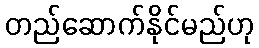
တည်ဆောက်နိုင်မည်ဟု